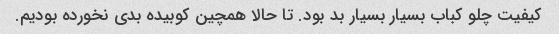
کیفیت چلو کباب بسیار بسیار بد بود. تا حالا همچین کوبیده بدی نخورده بودیم.